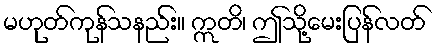
မဟုတ်ကုန်သနည်း။ ဣတိ၊ ဤသို့မေးပြန်လတ်